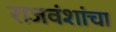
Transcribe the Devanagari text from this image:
राजवंशांचा